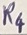
Text: R4